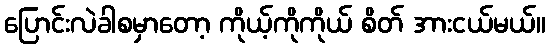
ပြောင်းလဲခါစမှာတော့ ကိုယ့်ကိုကိုယ် စိတ် အားငယ်မယ်။